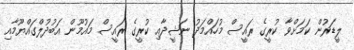
ލީޑަރުން ކަމަށްވާ ކުރީގެ ރައީސް މުހައްމަދު ނަޝީދާއި ކުރީގެ ރައީސް މައުމޫން އަބުދުލްގައްޔޫމާއި